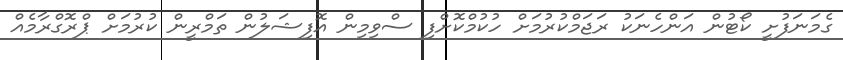
ގެމަނަފުށީ ކޯޓުން އަންހެނަކު ރަޖަމްކުރުމަށް ހުކުމްކޮށްފި ސްވިމިން އޮފިޝަލުން ތަމްރީން ކުރުމަށް ޕްރޮގްރާމެއް